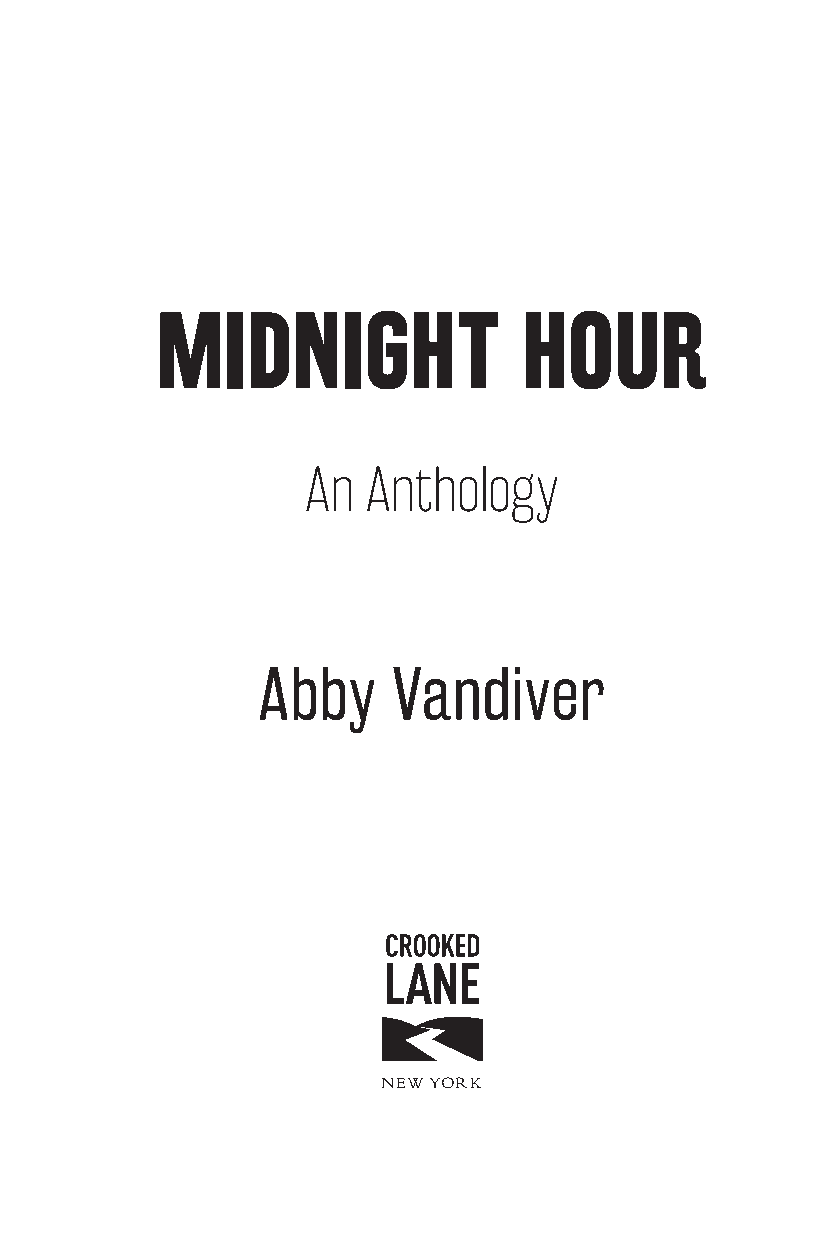
MIDNIGHT                 HOUR
 An  Anthology
 Abby     Vandiver
 NEW YORK